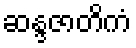
ဆန္ဒဇာတိကံ